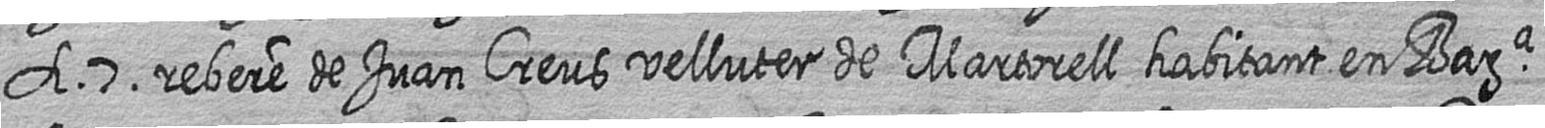
A 7 rebere de Juan Creus velluter de Martorell habitant en Bara